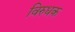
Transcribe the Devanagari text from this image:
विरुधक